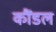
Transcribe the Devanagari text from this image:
कौंडल